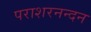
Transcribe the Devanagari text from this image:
पराशरनन्दन